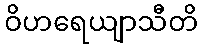
ဝိဟရေယျာသီတိ